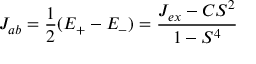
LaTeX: \ J _ { a b } = { \frac { 1 } { 2 } } ( E _ { + } - E _ { - } ) = { \frac { J _ { e x } - C S ^ { 2 } } { 1 - S ^ { 4 } } }